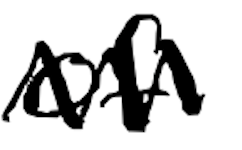
Text: of
Cross-out: zig-zag
Writing tool: digital_black